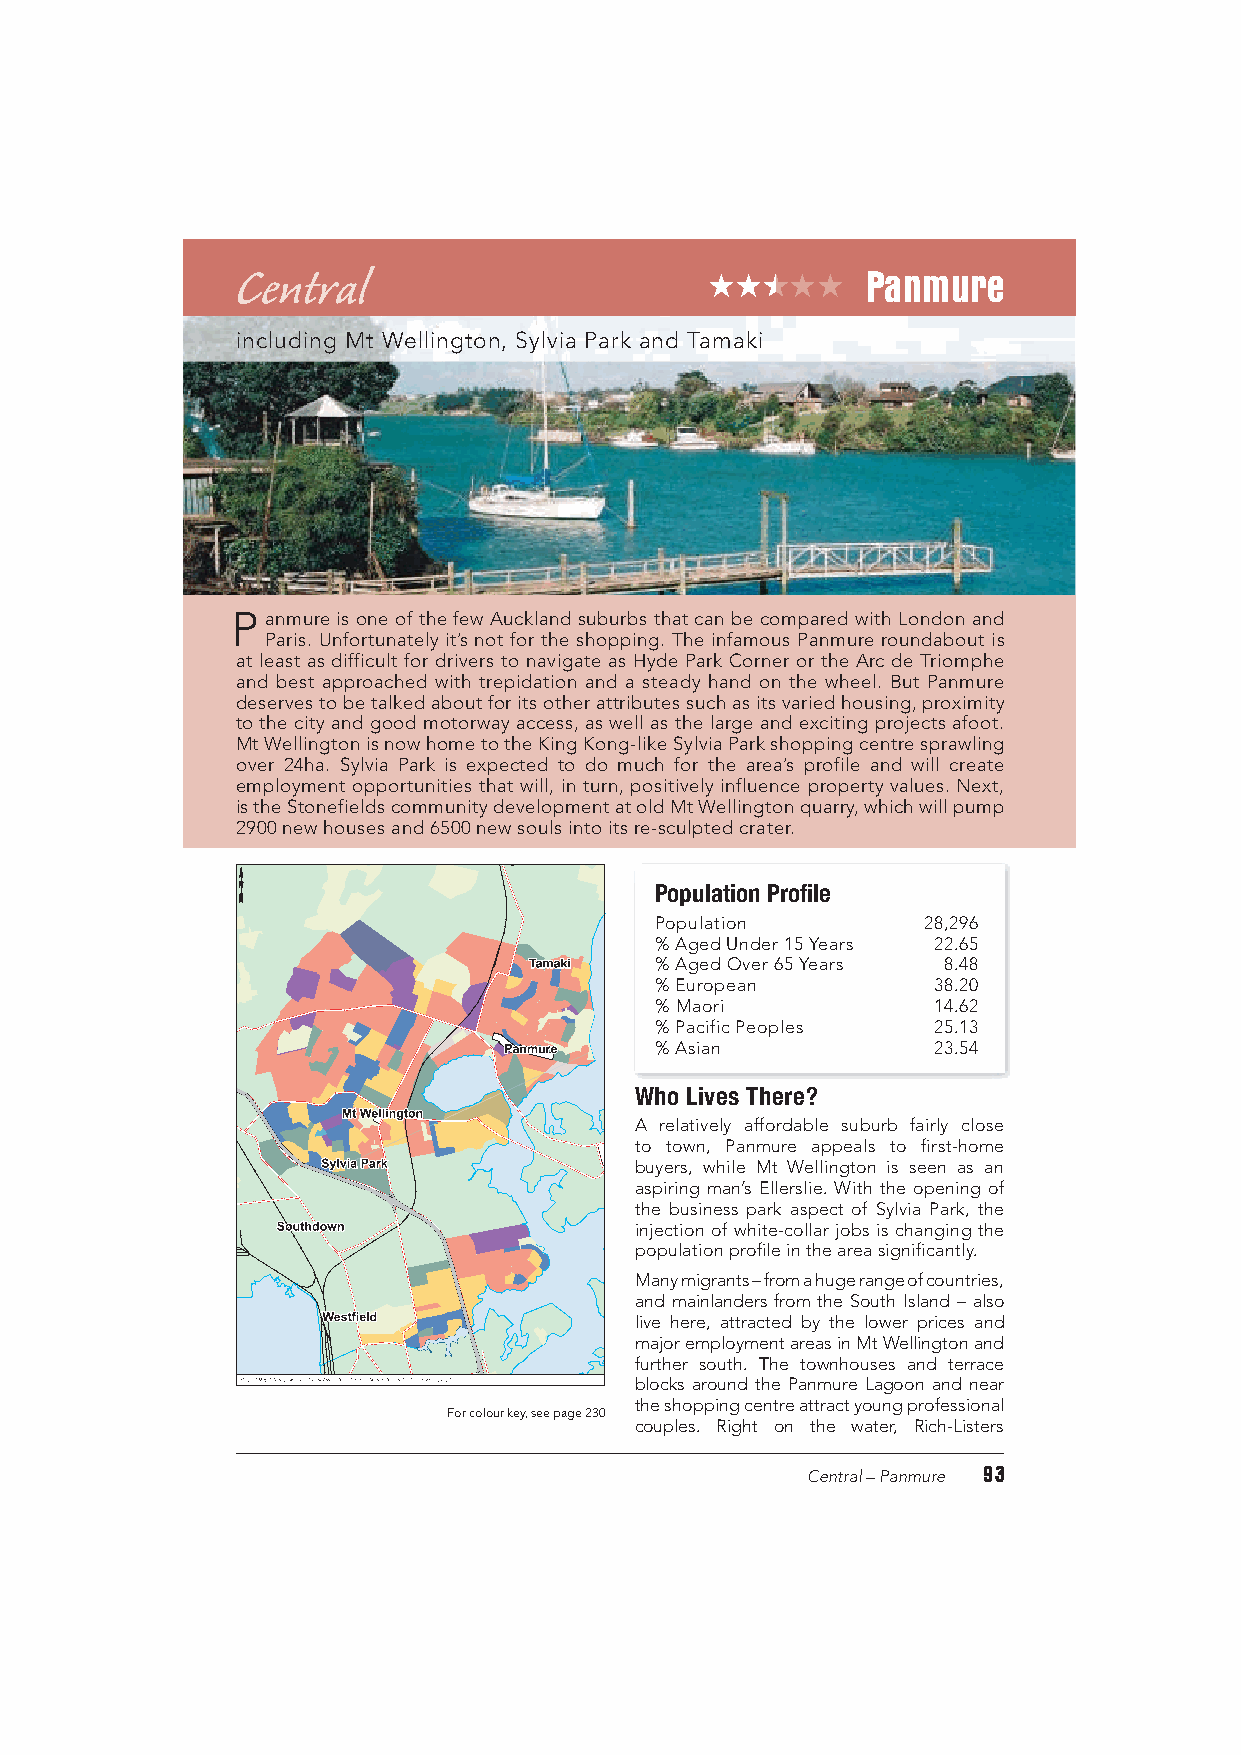
Central                                  Panmure
 including Mt Wellington, Sylvia Park and Tamaki
 Panmure is one of the few Auckland suburbs that can be compared with London and
 Paris. Unfortunately it’s not for the shopping. The infamous Panmure roundabout is
 at least as difficult for drivers to navigate as Hyde Park Corner or the Arc de Triomphe
 and best approached with trepidation and a steady hand on the wheel. But Panmure
 deserves to be talked about for its other attributes such as its varied housing, proximity
 to the city and good motorway access, as well as the large and exciting projects afoot.
 Mt Wellington is now home to the King Kong-like Sylvia Park shopping centre sprawling
 over 24ha. Sylvia Park is expected to do much for the area’s profile and will create
 employment opportunities that will, in turn, positively influence property values. Next,
 is the Stonefields community development at old Mt Wellington quarry, which will pump
 2900 new houses and 6500 new souls into its re-sculpted crater.
 Population Profile
 Population        28,296
 % Aged Under 15 Years 22.65
 % Aged Over 65 Years 8.48
 % European         38.20
 % Maori            14.62
 % Pacific Peoples  25.13
 % Asian            23.54
 Who Lives There?
 A relatively affordable suburb fairly close
 to town, Panmure appeals to first-home
 buyers, while Mt Wellington is seen as an
 aspiring man’s Ellerslie. With the opening of
 the business park aspect of Sylvia Park, the
 injection of white-collar jobs is changing the
 population profile in the area significantly.
 Many migrants – from a huge range of countries,
 and mainlanders from the South Island – also
 live here, attracted by the lower prices and
 major employment areas in Mt Wellington and
 further south. The townhouses and terrace
 blocks around the Panmure Lagoon and near
 the shopping centre attract young professional
 For colour key, see page 230
 couples. Right on the water, Rich-Listers
 93
 Central – Panmure